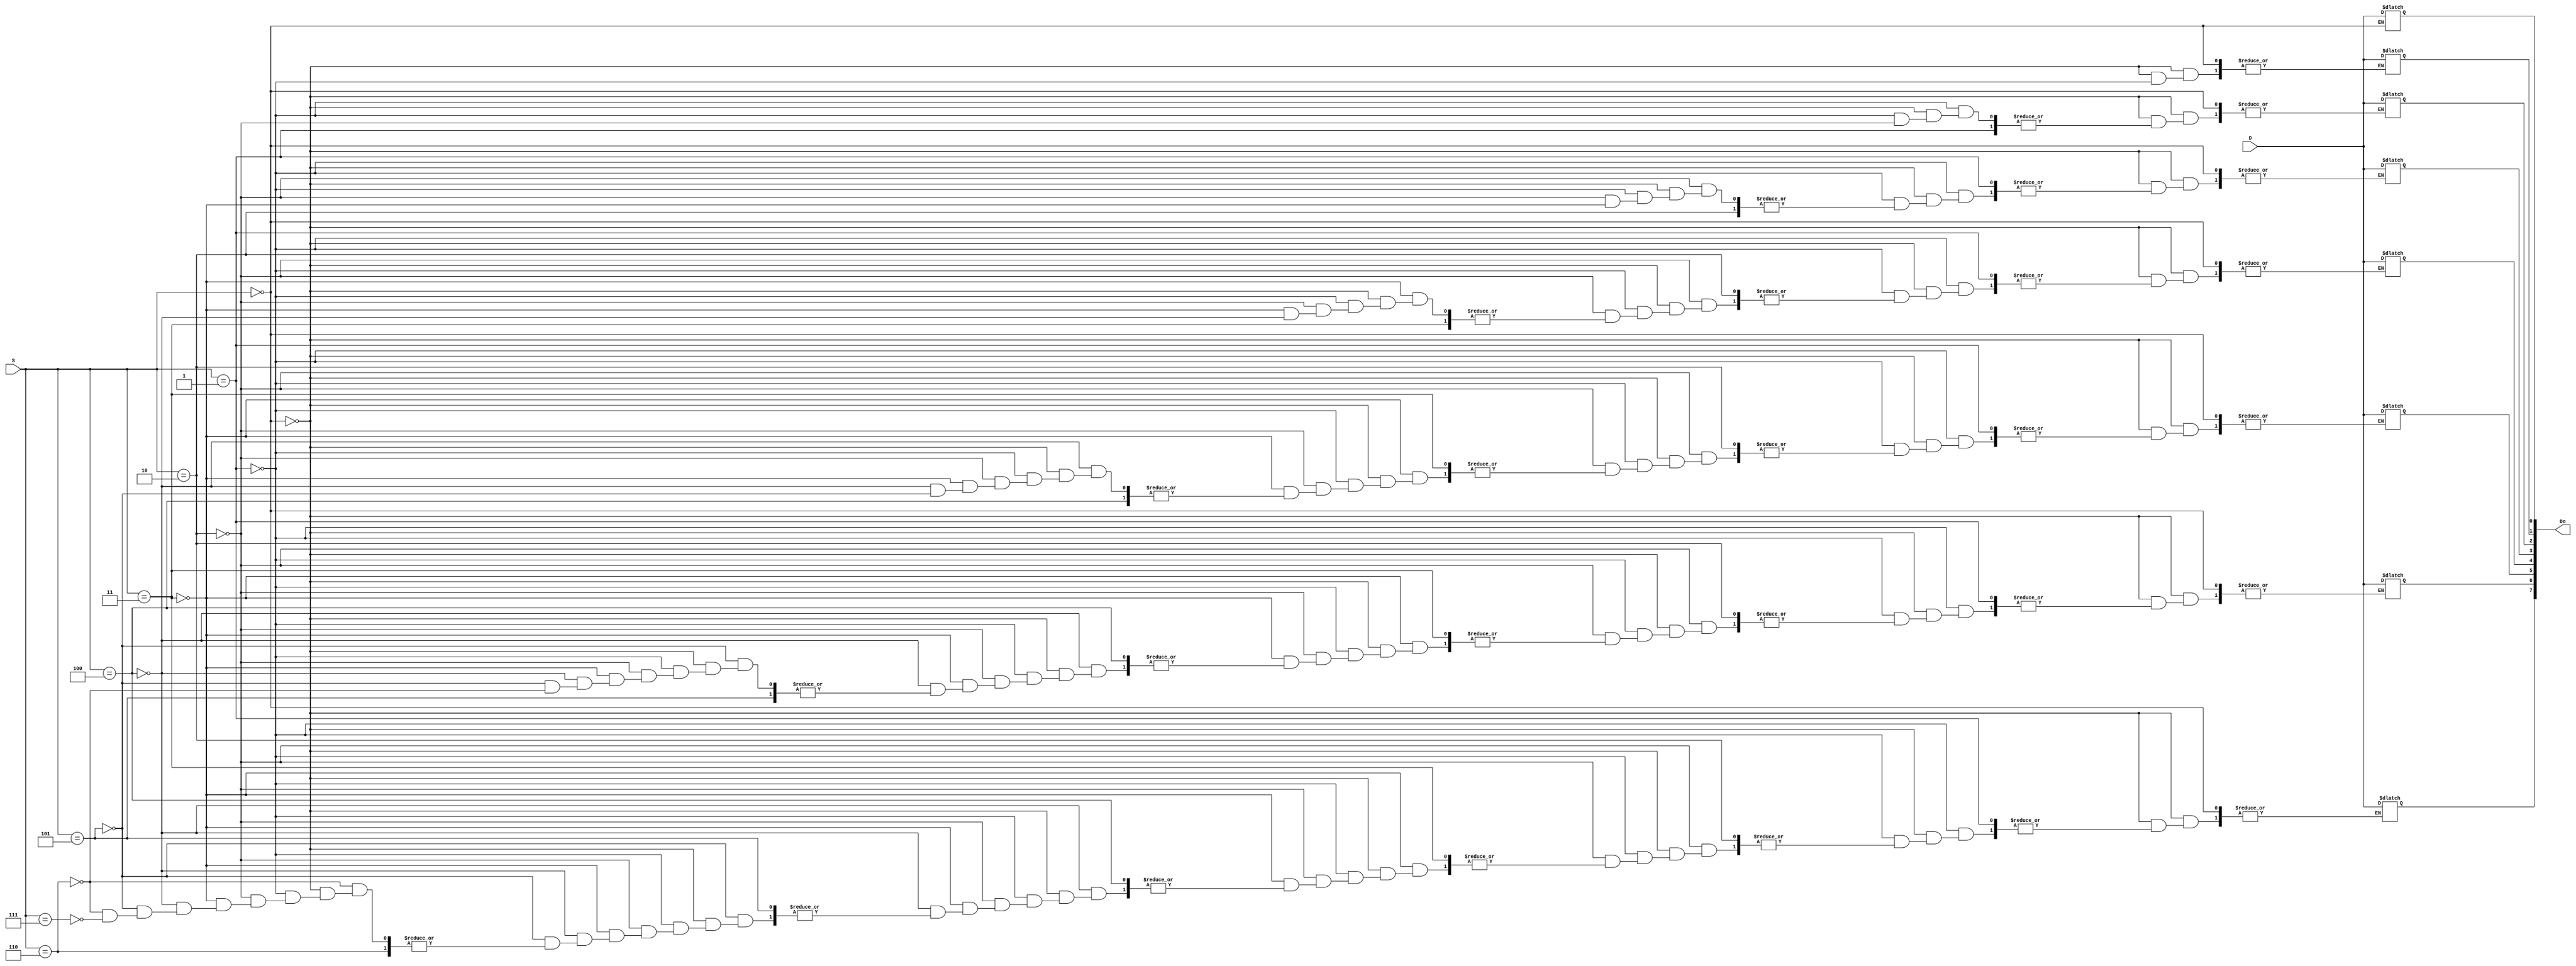
module demux(Do,S,D);
  input [2:0]S;
  input D;
  output reg [7:0] Do;
  initial
    begin
      if(S==3'b000)
        Do[0]=D;
      else if(S==3'b001)
        Do[1]=D;
      else if (S==3'b010)
        Do[2]=D;
      else if (S==3'b011)
        Do[3]=D;
      else if (S==3'b100)
        Do[4]=D;
      else if (S==3'b101)
        Do[5]=D;
      else if (S==3'b110)
        Do[6]=D;
      else if (S==3'b111)
        Do[7]=D;
      end
endmodule